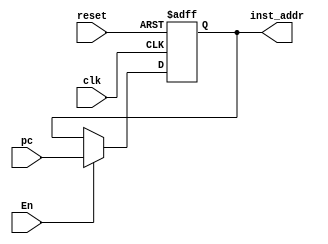
module PC(	clk,
				reset,
				pc,
				inst_addr,
				En
				);
				
	input wire clk;
	input wire reset;
	input wire En;
	input wire [63:0] pc;
	
	output reg [63:0] inst_addr;
	
	always @(posedge clk or negedge reset)
		 begin
			  if (!reset)
					begin
						 inst_addr <= 64'd0;
					end
				else if (En)
							begin
								inst_addr <= pc;
							end
						else
							begin
								inst_addr <= inst_addr;
							end
		 end
endmodule